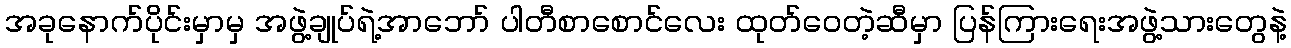
အခုနောက်ပိုင်းမှာမှ အဖွဲ့ချုပ်ရဲ့အာဘော် ပါတီစာစောင်လေး ထုတ်ဝေတဲ့ဆီမှာ ပြန်ကြားရေးအဖွဲ့သားတွေနဲ့